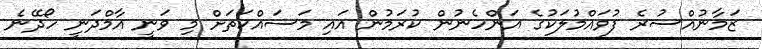
ޒަމާނުއްސުރެ ފުވައްމުލަކުގެ އަންހެނުން ކުރަމުން އައި މަސައްކަތަށް މި ވަނީ އާމްދަނީ ހޯދޭނެ